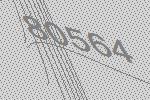
80564